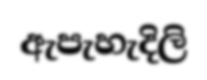
ඇපැහැදිලි